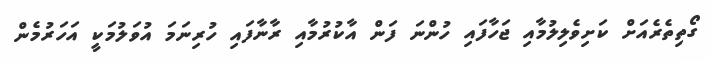
ގޯތިތެރެއަށް ކަށިވެލިލުމާއި ޖަހާފައި ހުންނަ ފަން އާކުރުމާއި ރާނާފައި ހުރިނަމަ އުވަލުމަކީ އަހަރުމެން